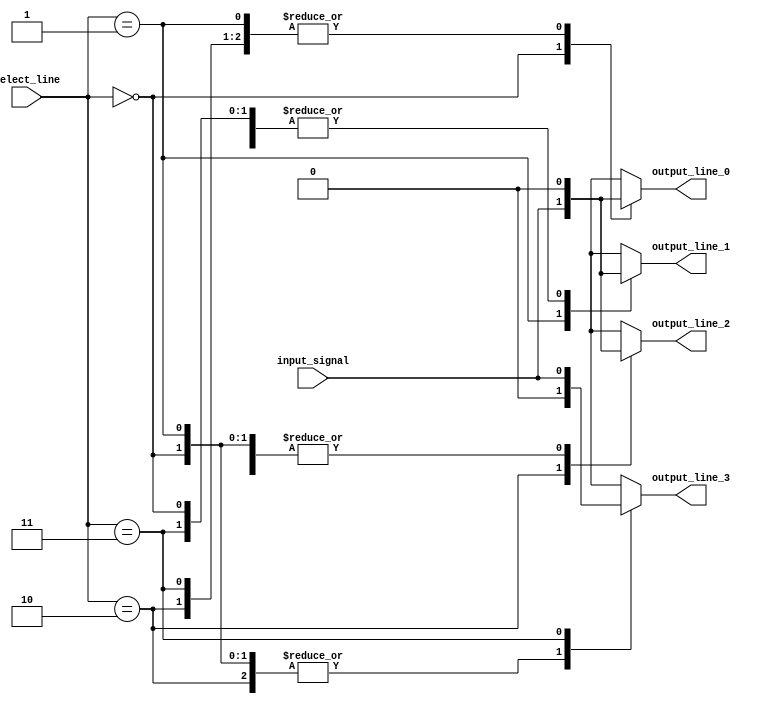
module demux (
    input  wire        input_signal,
    input  wire [1:0]  select_line,
    output reg         output_line_0,
    output reg         output_line_1,
    output reg         output_line_2,
    output reg         output_line_3
);

always @* begin
    case(select_line)
        2'b00: begin
            output_line_0 = input_signal;
            output_line_1 = 0;
            output_line_2 = 0;
            output_line_3 = 0;
        end
        
        2'b01: begin
            output_line_0 = 0;
            output_line_1 = input_signal;
            output_line_2 = 0;
            output_line_3 = 0;
        end
        
        2'b10: begin
            output_line_0 = 0;
            output_line_1 = 0;
            output_line_2 = input_signal;
            output_line_3 = 0;
        end
        
        2'b11: begin
            output_line_0 = 0;
            output_line_1 = 0;
            output_line_2 = 0;
            output_line_3 = input_signal;
        end
        
        default: begin
            output_line_0 = 0;
            output_line_1 = 0;
            output_line_2 = 0;
            output_line_3 = 0;
        end
    endcase
end

endmodule